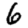
Digit: 6